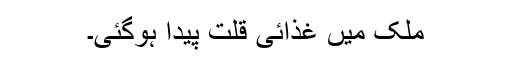
ملک میں غذائی قلت پیدا ہوگئی۔